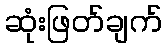
ဆုံးဖြတ်ချက်